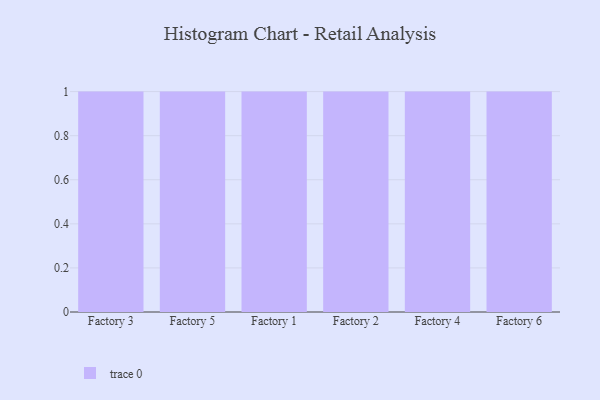
{"axis": {"x": "Factory", "y": "Inventory Turnover"}, "legend": [""], "data": [{"x": "Factory 3", "y": 99, "type": ""}, {"x": "Factory 5", "y": 43, "type": ""}, {"x": "Factory 1", "y": 14, "type": ""}, {"x": "Factory 2", "y": 96, "type": ""}, {"x": "Factory 4", "y": 57, "type": ""}, {"x": "Factory 6", "y": 11, "type": ""}]}